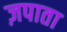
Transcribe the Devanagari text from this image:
ज़पाता